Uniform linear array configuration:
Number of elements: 32
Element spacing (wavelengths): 0.5
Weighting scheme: hann
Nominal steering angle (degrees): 0
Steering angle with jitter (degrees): -1.354
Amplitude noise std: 0.05
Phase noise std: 0.05

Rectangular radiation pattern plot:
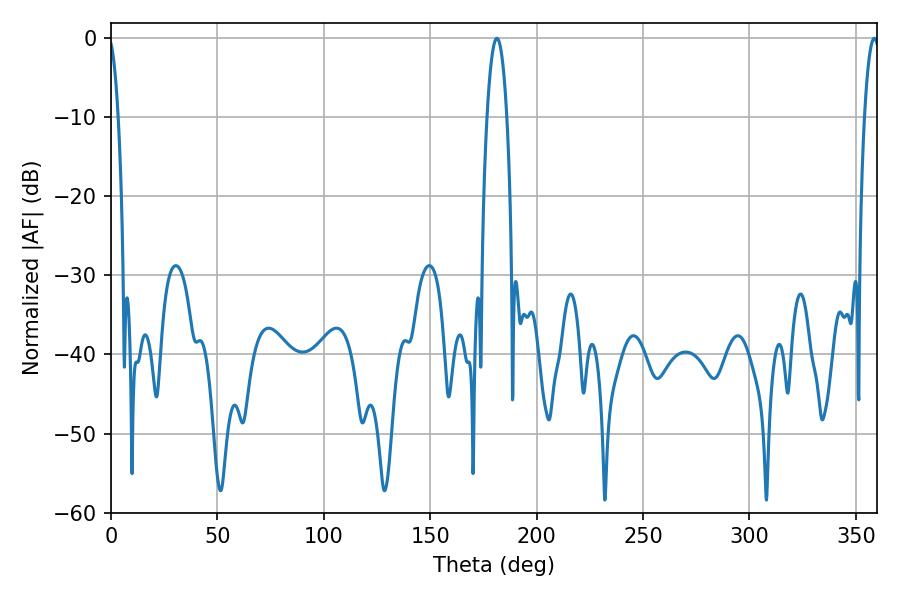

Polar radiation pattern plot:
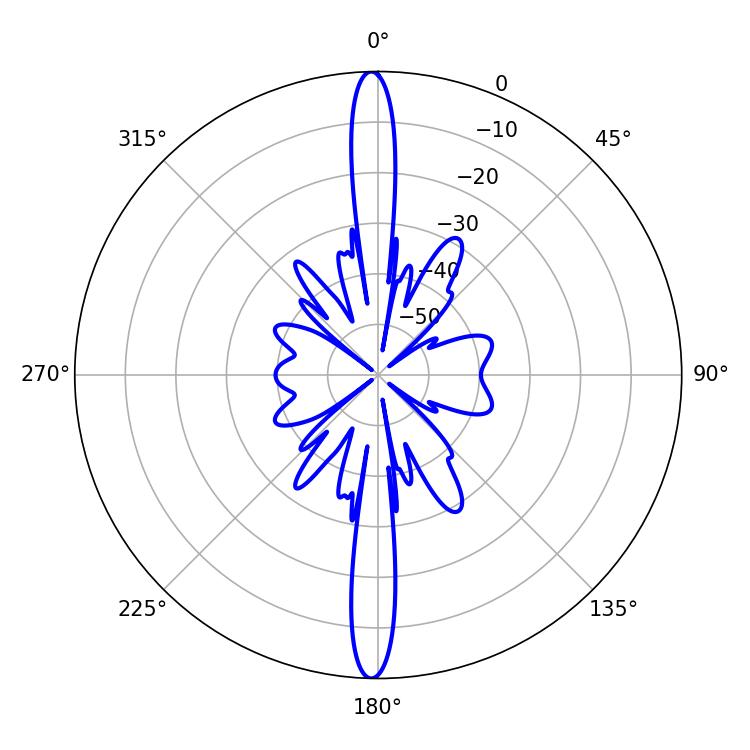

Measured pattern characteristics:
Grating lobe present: FALSE
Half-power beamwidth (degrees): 5.22
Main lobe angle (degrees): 181.26